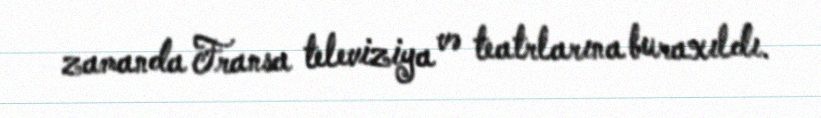
zamanda Fransa televiziya və teatrlarına buraxıldı.